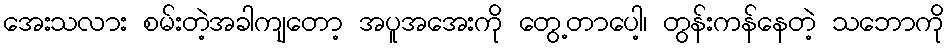
အေးသလား စမ်းတဲ့အခါကျတော့ အပူအအေးကို တွေ့တာပေါ့၊ တွန်းကန်နေတဲ့ သဘောကို